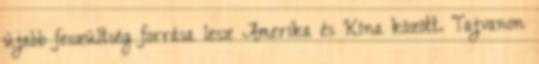
újabb feszültség forrása lesz Amerika és Kína között. Tajvanon